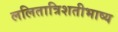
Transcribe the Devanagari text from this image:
ललितात्रिशतीभाष्य